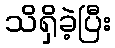
သိရှိခဲ့ပြီး